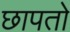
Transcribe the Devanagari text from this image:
छापतो